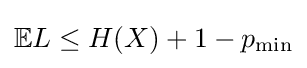
\mathbb {E} L\leq H(X)+1-p_{\text{min}}